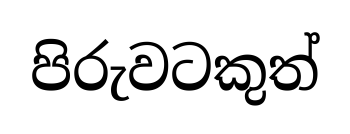
පිරුවටකුත්